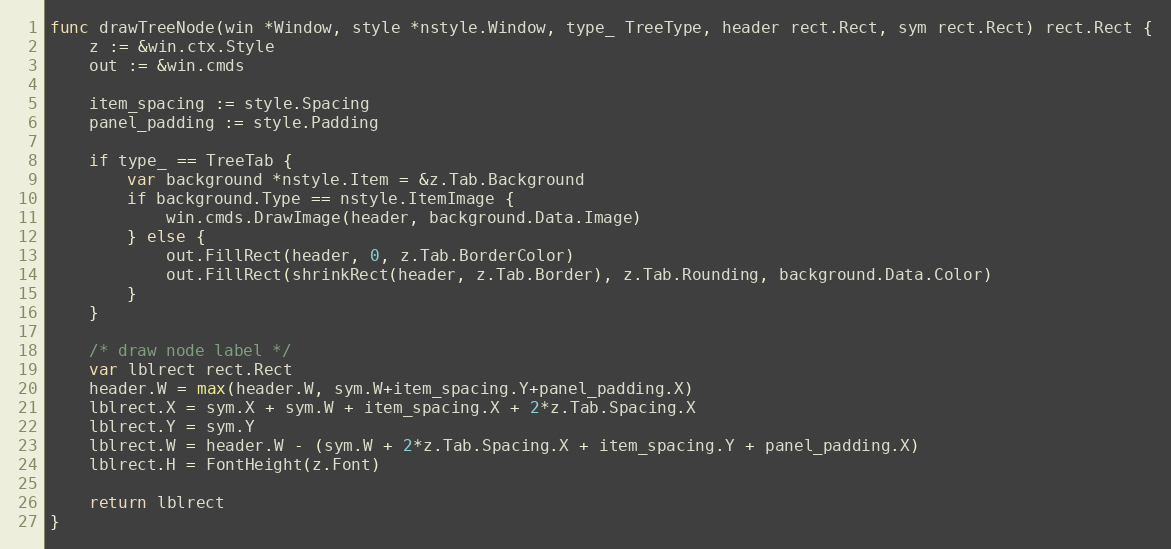
Language: Go
func drawTreeNode(win *Window, style *nstyle.Window, type_ TreeType, header rect.Rect, sym rect.Rect) rect.Rect {
	z := &win.ctx.Style
	out := &win.cmds

	item_spacing := style.Spacing
	panel_padding := style.Padding

	if type_ == TreeTab {
		var background *nstyle.Item = &z.Tab.Background
		if background.Type == nstyle.ItemImage {
			win.cmds.DrawImage(header, background.Data.Image)
		} else {
			out.FillRect(header, 0, z.Tab.BorderColor)
			out.FillRect(shrinkRect(header, z.Tab.Border), z.Tab.Rounding, background.Data.Color)
		}
	}

	/* draw node label */
	var lblrect rect.Rect
	header.W = max(header.W, sym.W+item_spacing.Y+panel_padding.X)
	lblrect.X = sym.X + sym.W + item_spacing.X + 2*z.Tab.Spacing.X
	lblrect.Y = sym.Y
	lblrect.W = header.W - (sym.W + 2*z.Tab.Spacing.X + item_spacing.Y + panel_padding.X)
	lblrect.H = FontHeight(z.Font)

	return lblrect
}